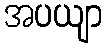
အပယျာ